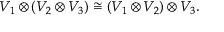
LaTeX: V _ { 1 } \otimes ( V _ { 2 } \otimes V _ { 3 } ) \cong ( V _ { 1 } \otimes V _ { 2 } ) \otimes V _ { 3 } .